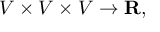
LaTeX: V \times V \times V \to \mathbf { R } ,